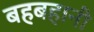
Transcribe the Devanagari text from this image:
बहबहानी